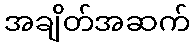
အချိတ်အဆက်